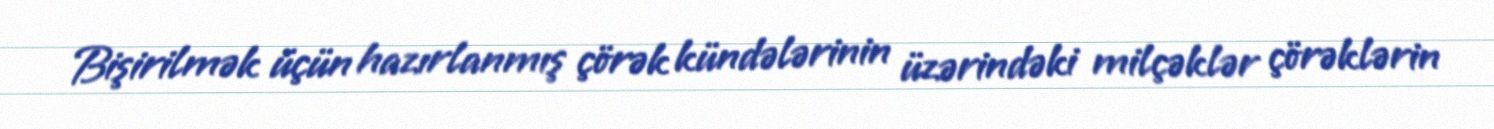
Bişirilmək üçün hazırlanmış çörək kündələrinin üzərindəki milçəklər çörəklərin